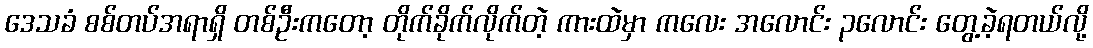
ဒေသခံ စစ်တပ်အရာရှိ တစ်ဦးကတော့ တိုက်ခိုက်လိုက်တဲ့ ကားထဲမှာ ကလေး အလောင်း ၃လောင်း တွေ့ခဲ့ရတယ်လို့